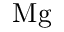
\mathrm { M g }